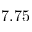
7 . 7 5